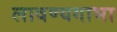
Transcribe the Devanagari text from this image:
लावण्यगाभा